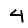
Digit: 4